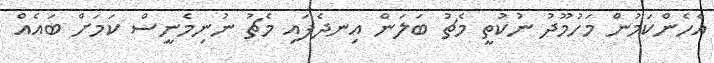
އެހެންކަމުން މަހުމޫދު ނުކުތީ މެޗު ބަލަން އިނދެފައި މެޗު ނުނިމެނީސް ކަމަށް ބައެއް